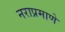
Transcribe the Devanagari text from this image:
नराप्रमाणे